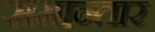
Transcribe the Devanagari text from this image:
समान्तार